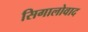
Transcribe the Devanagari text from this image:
सिगालोवाद